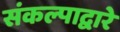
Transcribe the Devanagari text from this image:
संकल्पाद्वारे